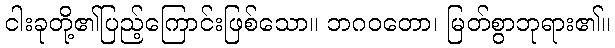
ငါးခုတို့၏ပြည့်ကြောင်းဖြစ်သော။ ဘဂဝတော၊ မြတ်စွာဘုရား၏။